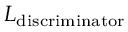
L _ { \mathrm { d i s c r i m i n a t o r } }